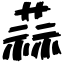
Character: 蒜